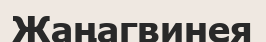
Жаңагвинея